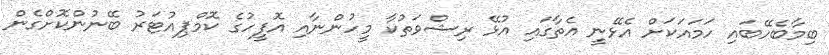
ބިމާބެހޭބައި ހަމައަކަށް އެޅޭނީ އެތާގައި އުޅޭ ރިޝްވަތުކާ މީހުންނާއި އޮފީހުގެ ކޮމްޕިއުޓަރު ބޭނުންކޮށްގެން